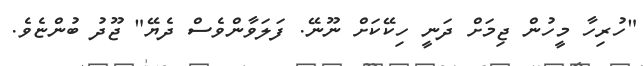
"ހުރިހާ މީހުން ޖިމަށް ދަނީ ހިކޭކަށް ނޫނޭ. ފަލަވާންވެސް ދެޔޭ" ޖޫދު ބުންޏެވެ.